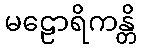
မဠောရိကန္တိ